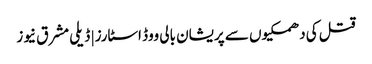
قتل کی دھمکیوں سے پریشان بالی ووڈ اسٹارز | ڈیلی مشرق نیوز